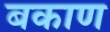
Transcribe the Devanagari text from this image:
बकाण